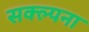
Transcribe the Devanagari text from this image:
सक्ल्पना